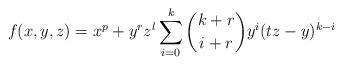
LaTeX: \begin{align*}f(x, y, z)=x^p+y^rz^l\sum_{i=0}^{k}{\dbinom{k+r}{i+r}y^i(tz-y)^{k-i}}\end{align*}